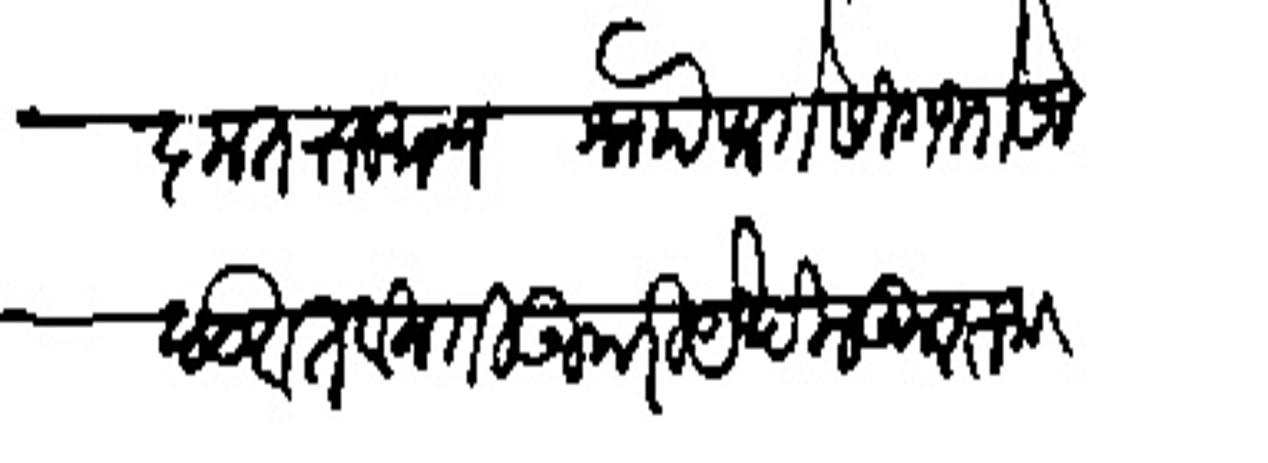
Transliteration (Devanagari): अलंकृत राजमान्य नोो फतेसिंग भोसले बडवत विनंती उपरि पेचील कुशाल जाणून